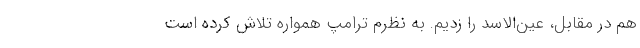
هم در مقابل، عین‌الاسد را زدیم. به نظرم ترامپ همواره تلاش کرده است